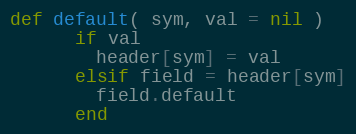
Language: Ruby
def default( sym, val = nil )
      if val
        header[sym] = val
      elsif field = header[sym]
        field.default
      end